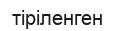
тіріленген